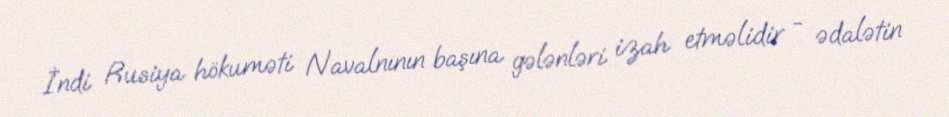
İndi Rusiya hökuməti Navalnının başına gələnləri izah etməlidir - ədalətin